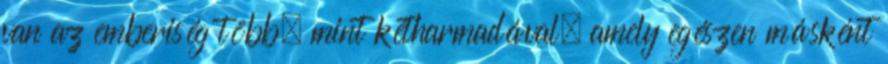
van az emberiség több, mint kétharmadával, amely egészen másként